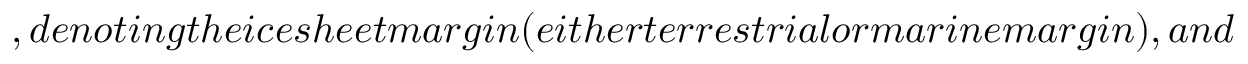
, d e n o t i n g t h e i c e s h e e t m a r g i n ( e i t h e r t e r r e s t r i a l o r m a r i n e m a r g i n ) , a n d